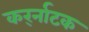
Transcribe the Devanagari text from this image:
कर्र्नाटक